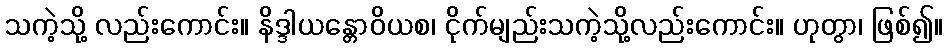
သကဲ့သို့ လည်းကောင်း။ နိဒ္ဒါယန္တောဝိယစ၊ ငိုက်မျည်းသကဲ့သို့လည်းကောင်း။ ဟုတွာ၊ ဖြစ်၍။